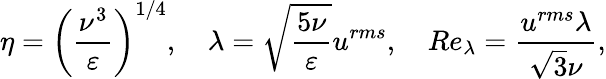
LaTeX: \eta=\left(\frac{\nu^{3}}{\varepsilon}\right)^{1/4},\quad\lambda=\sqrt{\frac{5\nu}{\varepsilon}}u^{rms},\quad Re_{\lambda}=\frac{u^{rms}\lambda}{\sqrt{3}\nu},